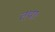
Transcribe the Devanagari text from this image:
तथाः